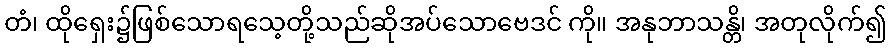
တံ၊ ထိုရှေး၌ဖြစ်သောရသေ့တို့သည်ဆိုအပ်သောဗေဒင် ကို။ အနုဘာသန္တိ၊ အတုလိုက်၍